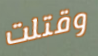
وقتلت